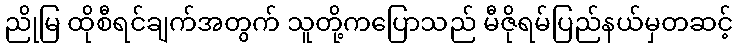
ညိုမြ ထိုစီရင်ချက်အတွက် သူတို့ကပြောသည် မီဇိုရမ်ပြည်နယ်မှတဆင့်